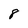
Character: 8